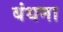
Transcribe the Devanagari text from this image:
बंधना